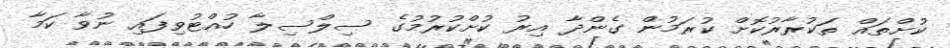
ކުށްތައް ތަކުރާރުކޮށް ކުރަމުން ގެންދާ އިރު ކުށްކުރުމުގެ ސިލްސިލާ ހުއްޓުވިފައި ނުވާ ކަމާ